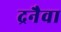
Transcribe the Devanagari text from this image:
द्रनैवा